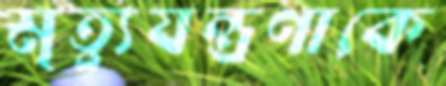
মৃত্যুযন্ত্রণাকে